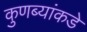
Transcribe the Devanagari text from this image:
कुणब्यांकडे